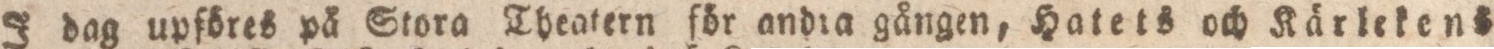
J dag upföres på Stora Theatern för andia gången, Hatets och Kärlekens